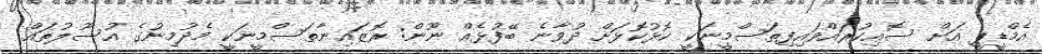
އެމްޑީޕީ އަށް ސޮއިިކުރައްވައިފިތަސްމީނަކީ ކޮޅުކޮޅަށް ދުވާނެ ބޭފުޅެއް ނޫން: ރޮޒައިނާތަސްމީނަކީ މެދުމިނުގެ އުސޫލުތައް